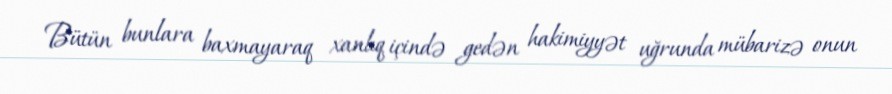
Bütün bunlara baxmayaraq xanlıq içində gedən hakimiyyət uğrunda mübarizə onun